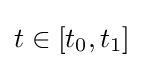
t\in [t_{0},t_{1}]